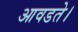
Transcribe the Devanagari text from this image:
आवडते।